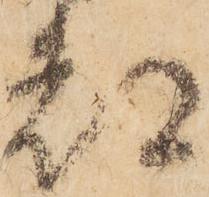
都